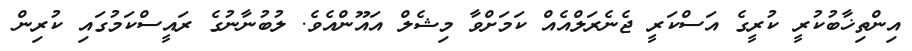
އިންތިޚާބުކުރީ ކުރީގެ އަސްކަރީ ޖެނެރަލްއެއް ކަމަށްވާ މިޝެލް އައޫންއެވެ. ލުބުނާނުގެ ރައީސްކަމުގައި ކުރިން